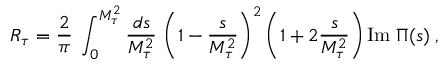
R _ { \tau } = \frac { 2 } { \pi } \; \int _ { 0 } ^ { M _ { \tau } ^ { 2 } } { \frac { d s } { M _ { \tau } ^ { 2 } } } \, \left( 1 - { \frac { s } { M _ { \tau } ^ { 2 } } } \right) ^ { 2 } \left( 1 + 2 { \frac { s } { M _ { \tau } ^ { 2 } } } \right) \mathrm { I m } \; \Pi ( s ) \; ,